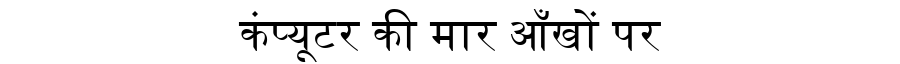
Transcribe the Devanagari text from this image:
कंप्यूटर की मार आँखों पर